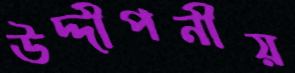
উদ্দীপনীয়